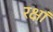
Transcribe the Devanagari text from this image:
रक्षां